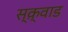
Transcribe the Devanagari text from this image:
स्क़्वाड